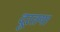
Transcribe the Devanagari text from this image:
दूरतया